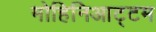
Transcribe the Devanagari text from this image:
मोहिनिआट्टम